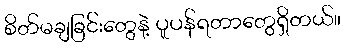
စိတ်မချခြင်းတွေနဲ့ ပူပန်ရတာတွေရှိတယ်။